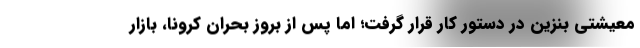
معیشتی بنزین در دستور کار قرار گرفت؛ اما پس از بروز بحران کرونا، بازار